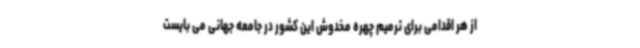
از هر اقدامی برای ترمیم چهره مخدوش این کشور در جامعه جهانی می بایست